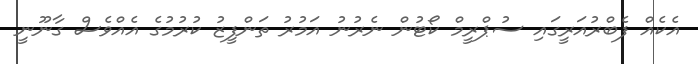
އެކެއް ފެބްރުއަރީގައި ސުޕްރީމް ކޯޓުން ނެރުނު އަމުރު ތަންފީޒު ކުރުމުގެ އެއްވެސް ގާނޫނީ